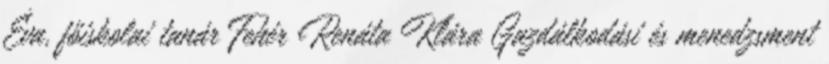
Éva, főiskolai tanár Fehér Renáta Klára Gazdálkodási és menedzsment